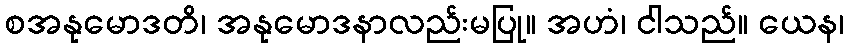
စအနုမောဒတိ၊ အနုမောဒနာလည်းမပြု။ အဟံ၊ ငါသည်။ ယေန၊